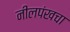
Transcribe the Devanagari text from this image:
नीलपंखचा